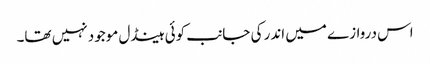
اس دروازے میں اندر کی جانب کوئی ہینڈل موجود نہیں تھا۔